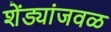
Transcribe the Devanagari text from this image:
शेंड्यांजवळ